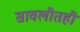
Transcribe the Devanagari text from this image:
सावलीतही